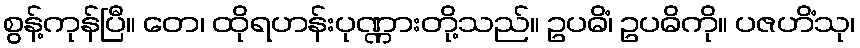
စွန့်ကုန်ပြီ။ တေ၊ ထိုရဟန်းပုဏ္ဏားတို့သည်။ ဥပဓိံ၊ ဥပဓိကို။ ပဇဟိံသု၊